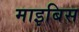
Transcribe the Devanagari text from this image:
माइबिस